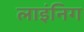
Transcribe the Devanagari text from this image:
लाइंनिग